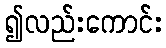
၍လည်းကောင်း